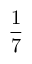
\frac { 1 } { 7 }